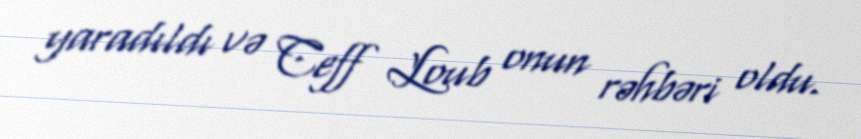
yaradıldı və Ceff Loub onun rəhbəri oldu.